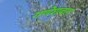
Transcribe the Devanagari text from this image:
गणेशबाग